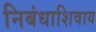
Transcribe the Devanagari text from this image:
निबंधाशिवाय